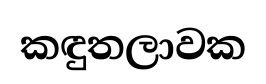
කඳුතලාවක